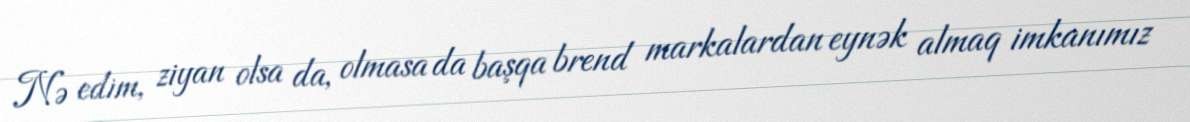
Nə edim, ziyan olsa da, olmasa da başqa brend markalardan eynək almaq imkanımız